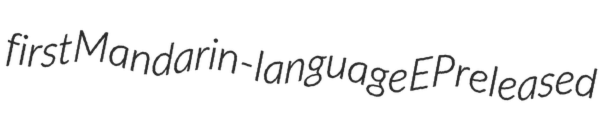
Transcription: first Mandarin-language EP released